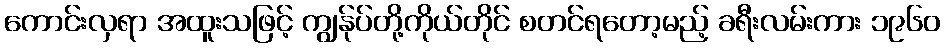
ကောင်းလှရာ အထူးသဖြင့် ကျွန်ုပ်တို့ကိုယ်တိုင် စတင်ရတော့မည့် ခရီးလမ်းကား ၁၉၆၀